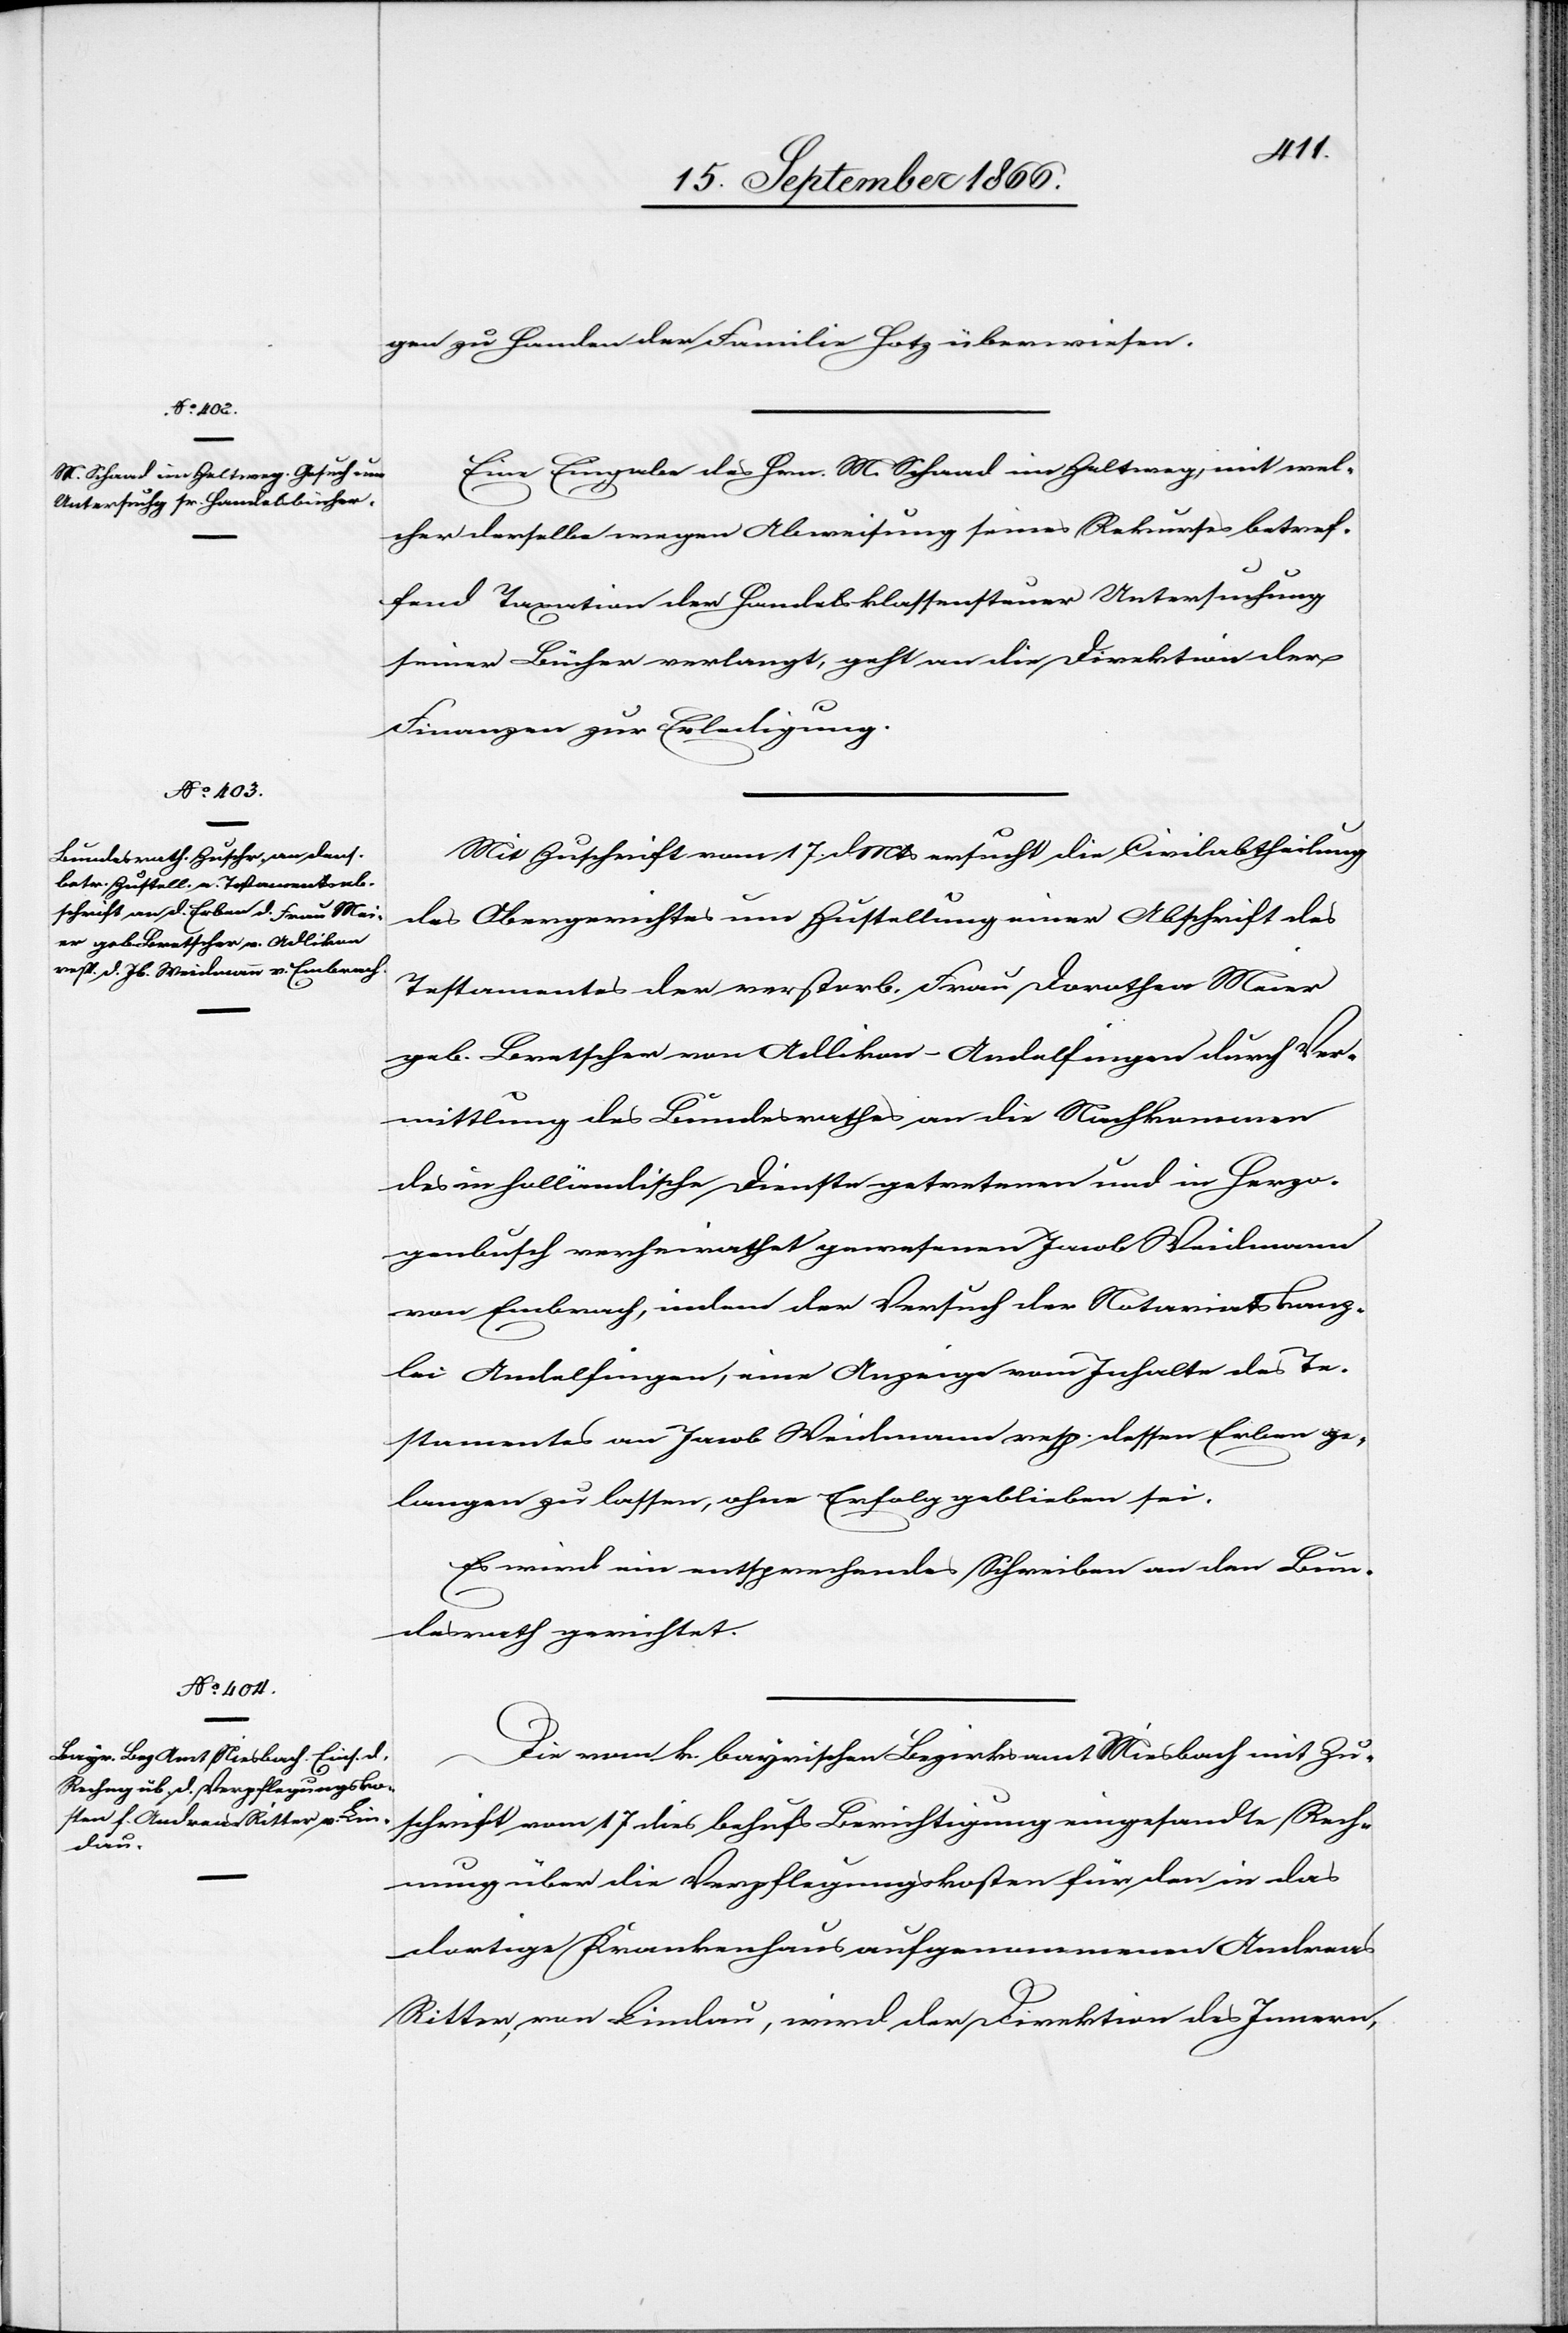
18. September 1866.]
gen zu Handen der Familie Hotz überwiesen.
Eine Eingabe des Hrn. M. Schaad im Zeltweg mit wel¬
cher derselbe wegen Abweisung seines Rekurses betref¬
fend Taxation der Handelsklassensteuer Untersuchung
seiner Bücher verlangt, geht an die Direktion der
Finanzen zur Erledigung.
Mit Zuschrift vom 17. dMts ersucht die Civilabtheilung
des Obergerichtes um Zustellung einer Abschrift des
Testamentes der verstorb. Frau Dorothea Maier
geb. Bretscher von Adlikon-Andelfingen durch Ver¬
mittlung des Bundesrathes an die Nachkommen
des in holländische Dienste getretenen und in Herzo¬
genbusch verheirathet gewesenen Jacob Weidmann
von Embrach, indem der Versuch der Notariatskanz¬
lei Andelfingen, eine Anzeige vom Inhalte des Te¬
staments an Jacob Weidemann resp. dessen Erben ge¬
langen zu lassen, ohne Erfolg geblieben ist.
Es wird ein entsprechendes Schreiben an den Bun¬
desrath gerichtet.
Die vom k. bayerischen Bezirksamt Miesbach mit Zu¬
schrift vom 17. dies behufs Berichtigung eingesandte Rech¬
nung über die Verpflegungskosten für den in das
dortige Krankenhaus aufgenommenen Andreas
Ritter von Lindau, wird der Direktion des Innern